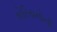
કોરિયનોની